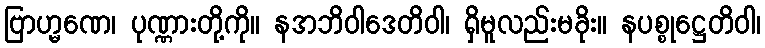
ဗြာဟ္မဏေ၊ ပုဏ္ဏားတို့ကို။ နအဘိဝါဒေတိဝါ၊ ရှိမူလည်းမခိုး။ နပစ္စုဋ္ဌေတိဝါ၊